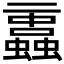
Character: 𧔁